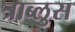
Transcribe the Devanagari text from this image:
त्राब्लुस